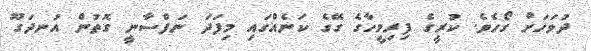
ދުވަހަށް ގޯހެވެ. ކުރީގެ ފިރިމީހާގެ ގޭގެ ކަނެއްގައި މިފަދަ ނަފްސާނީ ގޮތުން އުނދަގޫ